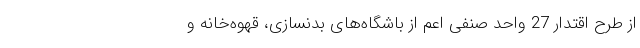
از طرح اقتدار 27 واحد صنفی اعم از باشگاه‌های بدنسازی، قهوه‌خانه و